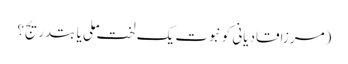
(مرزاقادیانی کو نبوت یک لخت ملی یا بتدریج؟